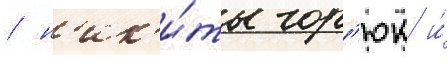
/ н'ик'и́ты гор'юк и́